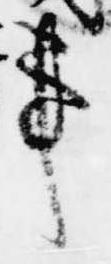
事